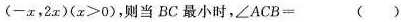
( - x ，2 x ) ( x ≥ 0 )$$，则当BC最小时，\angleACB= ( )